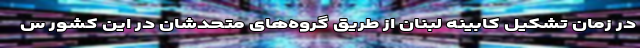
در زمان تشکیل کابینه لبنان از طریق گروه‌های متحدشان در این کشور س